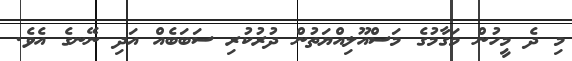
މި ދެ މީހުން މަގާމުގެ މަސްއޫލިއްޔަތުން ދުރުކުރި ސަބަބެއް އަދި ނޭނގެ އެވެ.